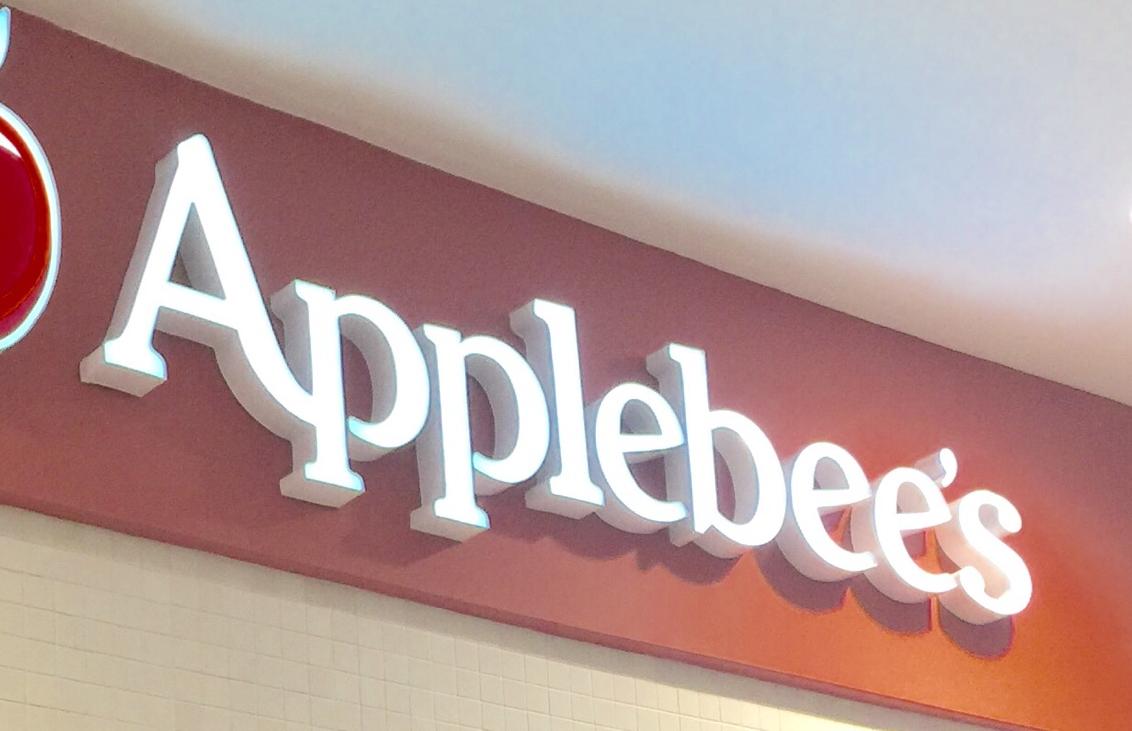
applebee'd